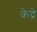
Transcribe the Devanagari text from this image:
केद्रे